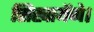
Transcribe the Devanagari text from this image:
सिखायेंगे।